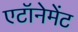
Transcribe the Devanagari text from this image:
एटॉनेमेंट